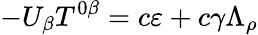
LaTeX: -U_{\beta}T^{0\beta}=c\varepsilon+c\gamma\Lambda_{\rho}